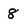
Character: 8